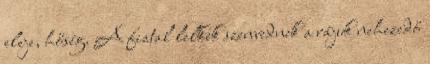
eleje, hőség. A fiatal lelkek szenvednek a rájuk nehezedő